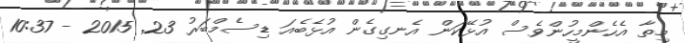
މިތާ އެހެންމީހުންވެސް އުޅޭކަން އެނގިގެން އުޅެބެއަ ޑިސެމްބަރު 23